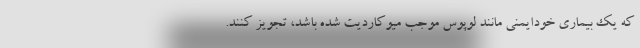
که یک بیماری خودایمنی مانند لوپوس موجب میوکاردیت شده باشد، تجویز کنند.